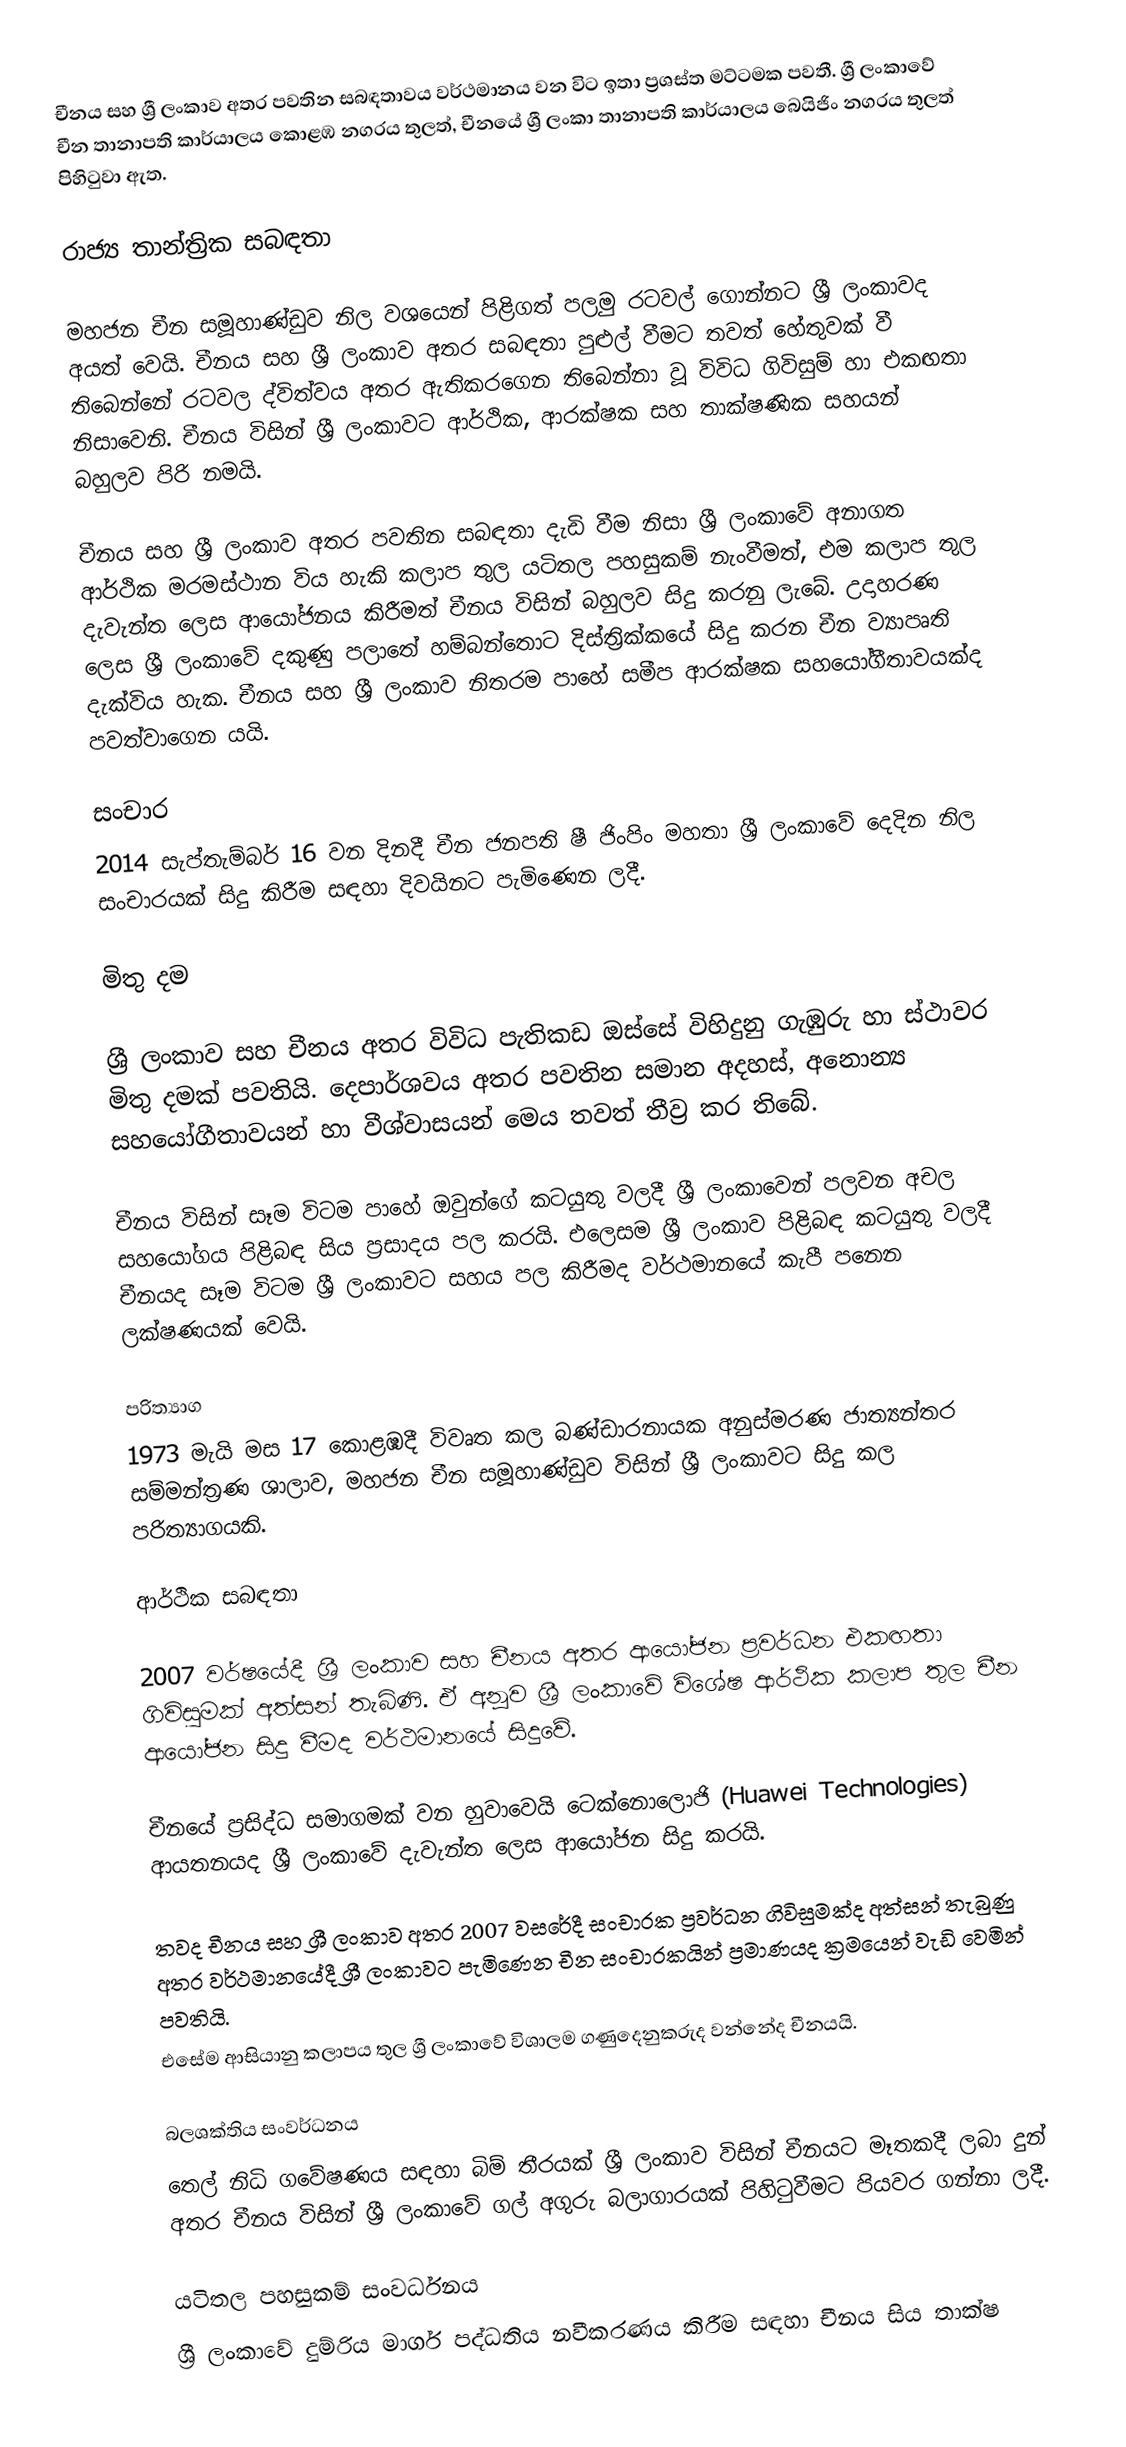
චීනය සහ ශ්‍රී ලංකාව අතර පවතින සබඳතාවය වර්ථමානය වන විට ඉතා ප්‍රශස්ත මට්ටමක පවතී. ශ්‍රී ලංකාවේ චීන තානාපති කාර්යාලය කොළඹ නගරය තුලත්, චීනයේ ශ්‍රී ලංකා තානාපති කාර්යාලය බෙයිජිං නගරය තුලත් පිහිටුවා ඇත.

රාජ්‍ය තාන්ත්‍රික සබඳතා

මහජන චීන සමූහාණ්ඩුව නිල වශයෙන් පිළිගත් පලමු රටවල් ගොන්නට ශ්‍රී ලංකාවද අයත් වෙයි. චීනය සහ ශ්‍රී ලංකාව අතර සබඳතා පුළුල් වීමට තවත් හේතුවක් වී තිබෙන්නේ රටවල ද්විත්වය අතර ඇතිකරගෙන තිබෙන්නා වූ විවිධ ගිවිසුම් හා එකඟතා නිසාවෙනි. චීනය විසින් ශ්‍රී ලංකාවට ආර්ථික, ආරක්ෂක සහ තාක්ෂණික සහයන් බහුලව පිරි නමයි.

චීනය සහ ශ්‍රී ලංකාව අතර පවතින සබඳතා දැඩි වීම නිසා ශ්‍රී ලංකාවේ අනාගත ආර්ථික මරමස්ථාන විය හැකි කලාප තුල යටිතල පහසුකම් නැංවීමත්, එම කලාප තුල දැවැන්ත ලෙස ආයෝජනය කිරීමත් චීනය විසින් බහුලව සිදු කරනු ලැබේ. උදාහරණ ලෙස ශ්‍රී ලංකාවේ දකුණු පලාතේ හම්බන්තොට  දිස්ත්‍රික්කයේ සිදු කරන චීන ව්‍යාපෘති දැක්විය හැක. චීනය සහ ශ්‍රී ලංකාව නිතරම පාහේ සමීප ආරක්ෂක සහයෝගීතාවයක්ද පවත්වාගෙන යයි.

සංචාර
2014 සැප්තැම්බර් 16 වන දිනදී චීන ජනපති ෂී ජිංපිං මහතා ශ්‍රී ලංකාවේ දෙදින නිල සංචාරයක් සිදු කිරීම සඳහා දිවයිනට පැමිණෙන ලදී.

මිතු දම

ශ්‍රී ලංකාව සහ චීනය අතර විවිධ පැතිකඩ ඔස්සේ විහිදුනු ගැඹුරු හා ස්ථාවර මිතු දමක් පවතියි. දෙපාර්ශවය අතර පවතින සමාන අදහස්, අනොන්‍ය සහයෝගීතාවයන් හා වීශ්වාසයන් මෙය තවත් තීව්‍ර කර තිබේ.

චීනය විසින් සෑම විටම පාහේ ඔවුන්ගේ කටයුතු වලදී ශ්‍රී ලංකාවෙන් පලවන අචල සහයෝගය පිළිබඳ සිය ප්‍රසාදය පල කරයි. එලෙසම ශ්‍රී ලංකාව පිළිබඳ කටයුතු වලදී චීනයද සෑම විටම ශ්‍රී ලංකාවට සහය පල කිරීමද වර්ථමානයේ කැපී පනෙන ලක්ෂණයක් වෙයි.

පරිත්‍යාග
1973 මැයි මස 17 කොළඹදී විවෘත කල බණ්‌ඩාරනායක අනුස්‌මරණ ජාත්‍යන්තර සම්මන්ත්‍රණ ශාලාව, මහජන චීන සමූහාණ්ඩුව විසින් ශ්‍රී ලංකාවට සිදු කල පරිත්‍යාගයකි.

ආර්ථික සබඳතා

2007 වර්ෂයේදී ශ්‍රී ලංකාව සහ චීනය අතර ආයෝජන ප්‍රවර්ධන එකඟතා ගිවිසුමක් අත්සන් තැබිණි. ඒ අනූව ශ්‍රී ලංකාවේ විශේෂ ආර්ථික කලාප තුල චීන ආයෝජන සිදු වීමද වර්ථමානයේ සිදුවේ.

චීනයේ ප්‍රසිද්ධ සමාගමක් වන හුවාවෙයි ටෙක්නොලොජි (Huawei Technologies) ආයතනයද ශ්‍රී ලංකාවේ දැවැන්ත ලෙස ආයෝජන සිදු කරයි.

තවද චීනය සහ ශ්‍රී ලංකාව අතර 2007 වසරේදී සංචාරක ප්‍රවර්ධන ගිවිසුමක්ද අත්සන් තැබුණු අතර වර්ථමානයේදී ශ්‍රී ලංකාවට පැමිණෙන චීන සංචාරකයින් ප්‍රමාණයද ක්‍රමයෙන් වැඩි වෙමින් පවතියි.
එසේම ආසියානු කලාපය තුල ශ්‍රී ලංකාවේ විශාලම ගණුදෙනුකරුද වන්නේද චීනයයි.

බලශක්තිය සංවර්ධනය
තෙල් නිධි ගවේෂණය සඳහා බිම් තීරයක් ශ්‍රී ලංකාව විසින් චීනයට මෑතකදී ලබා දුන් අතර චීනය විසින් ශ්‍රී ලංකාවේ ගල් අගුරු බලාගාරයක් පිහිටුවීමට පියවර ගන්නා ලදී.

යටිතල පහසුකම් සංවර්ධනය
ශ්‍රී ලංකාවේ දුම්රිය මාර්ග පද්ධතිය නවීකරණය කිරීම සඳහා චීනය සිය තාක්ෂ